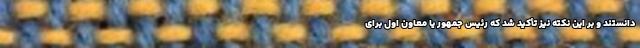
دانستند و بر این نکته نیز تأکید شد که رئیس جمهور یا معاون اول برای